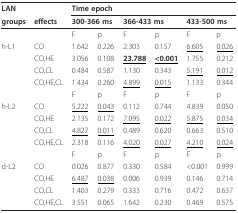
<table><thead><tr><td colspan="2"><b>LAN</b></td><td colspan="6"><b>Time epoch</b></td></tr><tr><td><b>groups</b></td><td><b>effects</b></td><td colspan="2"><b>300-366 ms</b></td><td colspan="2"><b>366-433 ms</b></td><td colspan="2"><b>433-500 ms</b></td></tr></thead><tbody><tr><td colspan="2"></td><td>F</td><td>p</td><td>F</td><td>p</td><td>F</td><td>p</td></tr><tr><td>h-L1</td><td>CO</td><td>1.642</td><td>0.226</td><td>2.303</td><td>0.157</td><td><underline>6.605</underline></td><td><underline>0.026</underline></td></tr><tr><td></td><td>CO,HE</td><td>3.056</td><td>0.108</td><td><b><underline>23.788</underline></b></td><td><b><underline>&lt;0.001</underline></b></td><td>1.755</td><td>0.212</td></tr><tr><td></td><td>CO,CL</td><td>0.484</td><td>0.587</td><td>1.130</td><td>0.343</td><td><underline>5.191</underline></td><td><underline>0.012</underline></td></tr><tr><td></td><td>CO,HE,CL</td><td>1.434</td><td>0.260</td><td><underline>4.899</underline></td><td><underline>0.015</underline></td><td>1.133</td><td>0.344</td></tr><tr><td></td><td></td><td>F</td><td>p</td><td>F</td><td>p</td><td>F</td><td>p</td></tr><tr><td>h-L2</td><td>CO</td><td><underline>5.222</underline></td><td><underline>0.043</underline></td><td>0.112</td><td>0.744</td><td>4.839</td><td>0.050</td></tr><tr><td></td><td>CO,HE</td><td>2.135</td><td>0.172</td><td><underline>7.095</underline></td><td><underline>0.022</underline></td><td><underline>5.875</underline></td><td><underline>0.034</underline></td></tr><tr><td></td><td>CO,CL</td><td><underline>4.827</underline></td><td><underline>0.011</underline></td><td>0.489</td><td>0.620</td><td>0.663</td><td>0.510</td></tr><tr><td></td><td>CO,HE,CL</td><td>2.318</td><td>0.116</td><td><underline>4.020</underline></td><td><underline>0.027</underline></td><td><underline>4.210</underline></td><td><underline>0.024</underline></td></tr><tr><td></td><td></td><td>F</td><td>p</td><td>F</td><td>p</td><td>F</td><td>p</td></tr><tr><td>d-L2</td><td>CO</td><td>0.026</td><td>0.877</td><td>0.330</td><td>0.584</td><td>&lt;0.001</td><td>0.999</td></tr><tr><td></td><td>CO,HE</td><td><underline>6.487</underline></td><td><underline>0.038</underline></td><td>0.006</td><td>0.939</td><td>0.146</td><td>0.714</td></tr><tr><td></td><td>CO,CL</td><td>1.403</td><td>0.279</td><td>0.333</td><td>0.716</td><td>0.472</td><td>0.637</td></tr><tr><td></td><td>CO,HE,CL</td><td>3.551</td><td>0.065</td><td>1.642</td><td>0.230</td><td>0.469</td><td>0.575</td></tr></tbody></table>